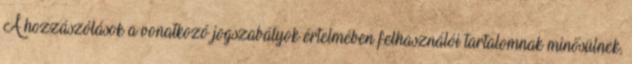
A hozzászólások a vonatkozó jogszabályok értelmében felhasználói tartalomnak minősülnek,